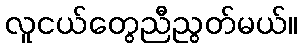
လူငယ်တွေညီညွတ်မယ်။